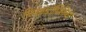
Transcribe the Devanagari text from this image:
गिआंडॉमिनिको